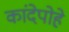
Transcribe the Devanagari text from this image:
कांदेपोहे